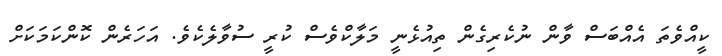
ކީއްވެތަ އެއްބަސް ވާން ނުކެރިގެން ތިއުޅެނީ މަލާކްވެސް ކުރީ ސުވާލެކެވެ. އަހަރެން ކޮންކަމަކަށް